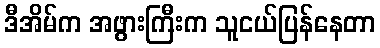
ဒီအိမ်က အဖွားကြီးက သူငယ်ပြန်နေတာ